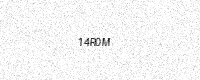
Text: 14R0M